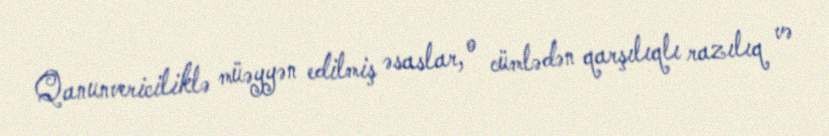
Qanunvericiliklə müəyyən edilmiş əsaslar, o cümlədən qarşılıqlı razılıq və